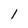
Character: 1